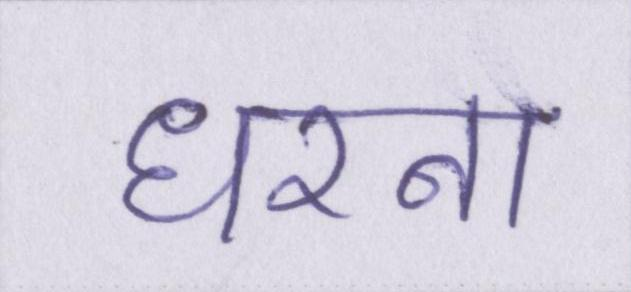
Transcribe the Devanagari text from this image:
धरना